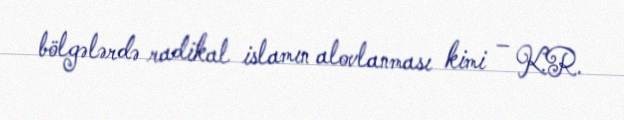
bölgələrdə radikal islamın alovlanması kimi – K.R.